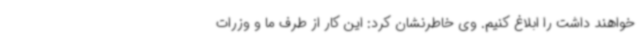
خواهند داشت را ابلاغ کنیم. وی خاطرنشان کرد: این کار از طرف ما و وزرات